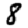
Digit: 8